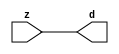

//------> ./rtl_mgc_ioport.v 
//------------------------------------------------------------------
//                M G C _ I O P O R T _ C O M P S
//------------------------------------------------------------------

//------------------------------------------------------------------
//                       M O D U L E S
//------------------------------------------------------------------

//------------------------------------------------------------------
//-- INPUT ENTITIES
//------------------------------------------------------------------

module mgc_in_wire (d, z);

  parameter integer rscid = 1;
  parameter integer width = 8;

  output [width-1:0] d;
  input  [width-1:0] z;

  wire   [width-1:0] d;

  assign d = z;

endmodule

//------------------------------------------------------------------

module mgc_in_wire_en (ld, d, lz, z);

  parameter integer rscid = 1;
  parameter integer width = 8;

  input              ld;
  output [width-1:0] d;
  output             lz;
  input  [width-1:0] z;

  wire   [width-1:0] d;
  wire               lz;

  assign d = z;
  assign lz = ld;

endmodule

//------------------------------------------------------------------

module mgc_in_wire_wait (ld, vd, d, lz, vz, z);

  parameter integer rscid = 1;
  parameter integer width = 8;

  input              ld;
  output             vd;
  output [width-1:0] d;
  output             lz;
  input              vz;
  input  [width-1:0] z;

  wire               vd;
  wire   [width-1:0] d;
  wire               lz;

  assign d = z;
  assign lz = ld;
  assign vd = vz;

endmodule
//------------------------------------------------------------------

module mgc_chan_in (ld, vd, d, lz, vz, z, size, req_size, sizez, sizelz);

  parameter integer rscid = 1;
  parameter integer width = 8;
  parameter integer sz_width = 8;

  input              ld;
  output             vd;
  output [width-1:0] d;
  output             lz;
  input              vz;
  input  [width-1:0] z;
  output [sz_width-1:0] size;
  input              req_size;
  input  [sz_width-1:0] sizez;
  output             sizelz;


  wire               vd;
  wire   [width-1:0] d;
  wire               lz;
  wire   [sz_width-1:0] size;
  wire               sizelz;

  assign d = z;
  assign lz = ld;
  assign vd = vz;
  assign size = sizez;
  assign sizelz = req_size;

endmodule


//------------------------------------------------------------------
//-- OUTPUT ENTITIES
//------------------------------------------------------------------

module mgc_out_stdreg (d, z);

  parameter integer rscid = 1;
  parameter integer width = 8;

  input    [width-1:0] d;
  output   [width-1:0] z;

  wire     [width-1:0] z;

  assign z = d;

endmodule

//------------------------------------------------------------------

module mgc_out_stdreg_en (ld, d, lz, z);

  parameter integer rscid = 1;
  parameter integer width = 8;

  input              ld;
  input  [width-1:0] d;
  output             lz;
  output [width-1:0] z;

  wire               lz;
  wire   [width-1:0] z;

  assign z = d;
  assign lz = ld;

endmodule

//------------------------------------------------------------------

module mgc_out_stdreg_wait (ld, vd, d, lz, vz, z);

  parameter integer rscid = 1;
  parameter integer width = 8;

  input              ld;
  output             vd;
  input  [width-1:0] d;
  output             lz;
  input              vz;
  output [width-1:0] z;

  wire               vd;
  wire               lz;
  wire   [width-1:0] z;

  assign z = d;
  assign lz = ld;
  assign vd = vz;

endmodule

//------------------------------------------------------------------

module mgc_out_prereg_en (ld, d, lz, z);

    parameter integer rscid = 1;
    parameter integer width = 8;

    input              ld;
    input  [width-1:0] d;
    output             lz;
    output [width-1:0] z;

    wire               lz;
    wire   [width-1:0] z;

    assign z = d;
    assign lz = ld;

endmodule

//------------------------------------------------------------------
//-- INOUT ENTITIES
//------------------------------------------------------------------

module mgc_inout_stdreg_en (ldin, din, ldout, dout, lzin, lzout, z);

    parameter integer rscid = 1;
    parameter integer width = 8;

    input              ldin;
    output [width-1:0] din;
    input              ldout;
    input  [width-1:0] dout;
    output             lzin;
    output             lzout;
    inout  [width-1:0] z;

    wire   [width-1:0] din;
    wire               lzin;
    wire               lzout;
    wire   [width-1:0] z;

    assign lzin = ldin;
    assign din = ldin ? z : {width{1'bz}};
    assign lzout = ldout;
    assign z = ldout ? dout : {width{1'bz}};

endmodule

//------------------------------------------------------------------
module hid_tribuf( I_SIG, ENABLE, O_SIG);
  parameter integer width = 8;

  input [width-1:0] I_SIG;
  input ENABLE;
  inout [width-1:0] O_SIG;

  assign O_SIG = (ENABLE) ? I_SIG : { width{1'bz}};

endmodule
//------------------------------------------------------------------

module mgc_inout_stdreg_wait (ldin, vdin, din, ldout, vdout, dout, lzin, vzin, lzout, vzout, z);

    parameter integer rscid = 1;
    parameter integer width = 8;

    input              ldin;
    output             vdin;
    output [width-1:0] din;
    input              ldout;
    output             vdout;
    input  [width-1:0] dout;
    output             lzin;
    input              vzin;
    output             lzout;
    input              vzout;
    inout  [width-1:0] z;

    wire               vdin;
    wire   [width-1:0] din;
    wire               vdout;
    wire               lzin;
    wire               lzout;
    wire   [width-1:0] z;
    wire   ldout_and_vzout;

    assign lzin = ldin;
    assign vdin = vzin;
    assign din = ldin ? z : {width{1'bz}};
    assign lzout = ldout;
    assign vdout = vzout ;
    assign ldout_and_vzout = ldout && vzout ;

    hid_tribuf #(width) tb( .I_SIG(dout),
                            .ENABLE(ldout_and_vzout),
                            .O_SIG(z) );

endmodule

//------------------------------------------------------------------

module mgc_inout_buf_wait (clk, en, arst, srst, ldin, vdin, din, ldout, vdout, dout, lzin, vzin, lzout, vzout, z);

    parameter integer rscid   = 0; // resource ID
    parameter integer width   = 8; // fifo width
    parameter         ph_clk  =  1'b1; // clock polarity 1=rising edge, 0=falling edge
    parameter         ph_en   =  1'b1; // clock enable polarity
    parameter         ph_arst =  1'b1; // async reset polarity
    parameter         ph_srst =  1'b1; // sync reset polarity

    input              clk;
    input              en;
    input              arst;
    input              srst;
    input              ldin;
    output             vdin;
    output [width-1:0] din;
    input              ldout;
    output             vdout;
    input  [width-1:0] dout;
    output             lzin;
    input              vzin;
    output             lzout;
    input              vzout;
    inout  [width-1:0] z;

    wire               lzout_buf;
    wire               vzout_buf;
    wire   [width-1:0] z_buf;
    wire               vdin;
    wire   [width-1:0] din;
    wire               vdout;
    wire               lzin;
    wire               lzout;
    wire   [width-1:0] z;

    assign lzin = ldin;
    assign vdin = vzin;
    assign din = ldin ? z : {width{1'bz}};
    assign lzout = lzout_buf & ~ldin;
    assign vzout_buf = vzout & ~ldin;
    hid_tribuf #(width) tb( .I_SIG(z_buf),
                            .ENABLE((lzout_buf && (!ldin) && vzout) ),
                            .O_SIG(z)  );

    mgc_out_buf_wait
    #(
        .rscid   (rscid),
        .width   (width),
        .ph_clk  (ph_clk),
        .ph_en   (ph_en),
        .ph_arst (ph_arst),
        .ph_srst (ph_srst)
    )
    BUFF
    (
        .clk     (clk),
        .en      (en),
        .arst    (arst),
        .srst    (srst),
        .ld      (ldout),
        .vd      (vdout),
        .d       (dout),
        .lz      (lzout_buf),
        .vz      (vzout_buf),
        .z       (z_buf)
    );


endmodule

module mgc_inout_fifo_wait (clk, en, arst, srst, ldin, vdin, din, ldout, vdout, dout, lzin, vzin, lzout, vzout, z);

    parameter integer rscid   = 0; // resource ID
    parameter integer width   = 8; // fifo width
    parameter integer fifo_sz = 8; // fifo depth
    parameter         ph_clk  = 1'b1;  // clock polarity 1=rising edge, 0=falling edge
    parameter         ph_en   = 1'b1;  // clock enable polarity
    parameter         ph_arst = 1'b1;  // async reset polarity
    parameter         ph_srst = 1'b1;  // sync reset polarity
    parameter integer ph_log2 = 3;     // log2(fifo_sz)
    parameter integer pwropt  = 0;     // pwropt

    input              clk;
    input              en;
    input              arst;
    input              srst;
    input              ldin;
    output             vdin;
    output [width-1:0] din;
    input              ldout;
    output             vdout;
    input  [width-1:0] dout;
    output             lzin;
    input              vzin;
    output             lzout;
    input              vzout;
    inout  [width-1:0] z;

    wire               lzout_buf;
    wire               vzout_buf;
    wire   [width-1:0] z_buf;
    wire               comb;
    wire               vdin;
    wire   [width-1:0] din;
    wire               vdout;
    wire               lzin;
    wire               lzout;
    wire   [width-1:0] z;

    assign lzin = ldin;
    assign vdin = vzin;
    assign din = ldin ? z : {width{1'bz}};
    assign lzout = lzout_buf & ~ldin;
    assign vzout_buf = vzout & ~ldin;
    assign comb = (lzout_buf && (!ldin) && vzout);

    hid_tribuf #(width) tb2( .I_SIG(z_buf), .ENABLE(comb), .O_SIG(z)  );

    mgc_out_fifo_wait
    #(
        .rscid   (rscid),
        .width   (width),
        .fifo_sz (fifo_sz),
        .ph_clk  (ph_clk),
        .ph_en   (ph_en),
        .ph_arst (ph_arst),
        .ph_srst (ph_srst),
        .ph_log2 (ph_log2),
        .pwropt  (pwropt)
    )
    FIFO
    (
        .clk   (clk),
        .en      (en),
        .arst    (arst),
        .srst    (srst),
        .ld      (ldout),
        .vd      (vdout),
        .d       (dout),
        .lz      (lzout_buf),
        .vz      (vzout_buf),
        .z       (z_buf)
    );

endmodule

//------------------------------------------------------------------
//-- I/O SYNCHRONIZATION ENTITIES
//------------------------------------------------------------------

module mgc_io_sync (ld, lz);

    input  ld;
    output lz;

    assign lz = ld;

endmodule

module mgc_bsync_rdy (rd, rz);

    parameter integer rscid   = 0; // resource ID
    parameter ready = 1;
    parameter valid = 0;

    input  rd;
    output rz;

    wire   rz;

    assign rz = rd;

endmodule

module mgc_bsync_vld (vd, vz);

    parameter integer rscid   = 0; // resource ID
    parameter ready = 0;
    parameter valid = 1;

    output vd;
    input  vz;

    wire   vd;

    assign vd = vz;

endmodule

module mgc_bsync_rv (rd, vd, rz, vz);

    parameter integer rscid   = 0; // resource ID
    parameter ready = 1;
    parameter valid = 1;

    input  rd;
    output vd;
    output rz;
    input  vz;

    wire   vd;
    wire   rz;

    assign rz = rd;
    assign vd = vz;

endmodule

//------------------------------------------------------------------

module mgc_sync (ldin, vdin, ldout, vdout);

  input  ldin;
  output vdin;
  input  ldout;
  output vdout;

  wire   vdin;
  wire   vdout;

  assign vdin = ldout;
  assign vdout = ldin;

endmodule

///////////////////////////////////////////////////////////////////////////////
// dummy function used to preserve funccalls for modulario
// it looks like a memory read to the caller
///////////////////////////////////////////////////////////////////////////////
module funccall_inout (d, ad, bd, z, az, bz);

  parameter integer ram_id = 1;
  parameter integer width = 8;
  parameter integer addr_width = 8;

  output [width-1:0]       d;
  input  [addr_width-1:0]  ad;
  input                    bd;
  input  [width-1:0]       z;
  output [addr_width-1:0]  az;
  output                   bz;

  wire   [width-1:0]       d;
  wire   [addr_width-1:0]  az;
  wire                     bz;

  assign d  = z;
  assign az = ad;
  assign bz = bd;

endmodule


///////////////////////////////////////////////////////////////////////////////
// inlinable modular io not otherwise found in mgc_ioport
///////////////////////////////////////////////////////////////////////////////

module modulario_en_in (vd, d, vz, z);

  parameter integer rscid = 1;
  parameter integer width = 8;

  output             vd;
  output [width-1:0] d;
  input              vz;
  input  [width-1:0] z;

  wire   [width-1:0] d;
  wire               vd;

  assign d = z;
  assign vd = vz;

endmodule

//------> ./rtl_mgc_ioport_v2001.v 
//------------------------------------------------------------------

module mgc_out_reg_pos (clk, en, arst, srst, ld, d, lz, z);

    parameter integer rscid   = 1;
    parameter integer width   = 8;
    parameter         ph_en   =  1'b1;
    parameter         ph_arst =  1'b1;
    parameter         ph_srst =  1'b1;

    input              clk;
    input              en;
    input              arst;
    input              srst;
    input              ld;
    input  [width-1:0] d;
    output             lz;
    output [width-1:0] z;

    reg                lz;
    reg    [width-1:0] z;

    generate
    if (ph_arst == 1'b0)
    begin: NEG_ARST
        always @(posedge clk or negedge arst)
        if (arst == 1'b0)
        begin: B1
            lz <= 1'b0;
            z  <= {width{1'b0}};
        end
        else if (srst == ph_srst)
        begin: B2
            lz <= 1'b0;
            z  <= {width{1'b0}};
        end
        else if (en == ph_en)
        begin: B3
            lz <= ld;
            z  <= (ld) ? d : z;
        end
    end
    else
    begin: POS_ARST
        always @(posedge clk or posedge arst)
        if (arst == 1'b1)
        begin: B1
            lz <= 1'b0;
            z  <= {width{1'b0}};
        end
        else if (srst == ph_srst)
        begin: B2
            lz <= 1'b0;
            z  <= {width{1'b0}};
        end
        else if (en == ph_en)
        begin: B3
            lz <= ld;
            z  <= (ld) ? d : z;
        end
    end
    endgenerate

endmodule

//------------------------------------------------------------------

module mgc_out_reg_neg (clk, en, arst, srst, ld, d, lz, z);

    parameter integer rscid   = 1;
    parameter integer width   = 8;
    parameter         ph_en   =  1'b1;
    parameter         ph_arst =  1'b1;
    parameter         ph_srst =  1'b1;

    input              clk;
    input              en;
    input              arst;
    input              srst;
    input              ld;
    input  [width-1:0] d;
    output             lz;
    output [width-1:0] z;

    reg                lz;
    reg    [width-1:0] z;

    generate
    if (ph_arst == 1'b0)
    begin: NEG_ARST
        always @(negedge clk or negedge arst)
        if (arst == 1'b0)
        begin: B1
            lz <= 1'b0;
            z  <= {width{1'b0}};
        end
        else if (srst == ph_srst)
        begin: B2
            lz <= 1'b0;
            z  <= {width{1'b0}};
        end
        else if (en == ph_en)
        begin: B3
            lz <= ld;
            z  <= (ld) ? d : z;
        end
    end
    else
    begin: POS_ARST
        always @(negedge clk or posedge arst)
        if (arst == 1'b1)
        begin: B1
            lz <= 1'b0;
            z  <= {width{1'b0}};
        end
        else if (srst == ph_srst)
        begin: B2
            lz <= 1'b0;
            z  <= {width{1'b0}};
        end
        else if (en == ph_en)
        begin: B3
            lz <= ld;
            z  <= (ld) ? d : z;
        end
    end
    endgenerate

endmodule

//------------------------------------------------------------------

module mgc_out_reg (clk, en, arst, srst, ld, d, lz, z); // Not Supported

    parameter integer rscid   = 1;
    parameter integer width   = 8;
    parameter         ph_clk  =  1'b1;
    parameter         ph_en   =  1'b1;
    parameter         ph_arst =  1'b1;
    parameter         ph_srst =  1'b1;

    input              clk;
    input              en;
    input              arst;
    input              srst;
    input              ld;
    input  [width-1:0] d;
    output             lz;
    output [width-1:0] z;


    generate
    if (ph_clk == 1'b0)
    begin: NEG_EDGE

        mgc_out_reg_neg
        #(
            .rscid   (rscid),
            .width   (width),
            .ph_en   (ph_en),
            .ph_arst (ph_arst),
            .ph_srst (ph_srst)
        )
        mgc_out_reg_neg_inst
        (
            .clk     (clk),
            .en      (en),
            .arst    (arst),
            .srst    (srst),
            .ld      (ld),
            .d       (d),
            .lz      (lz),
            .z       (z)
        );

    end
    else
    begin: POS_EDGE

        mgc_out_reg_pos
        #(
            .rscid   (rscid),
            .width   (width),
            .ph_en   (ph_en),
            .ph_arst (ph_arst),
            .ph_srst (ph_srst)
        )
        mgc_out_reg_pos_inst
        (
            .clk     (clk),
            .en      (en),
            .arst    (arst),
            .srst    (srst),
            .ld      (ld),
            .d       (d),
            .lz      (lz),
            .z       (z)
        );

    end
    endgenerate

endmodule




//------------------------------------------------------------------

module mgc_out_buf_wait (clk, en, arst, srst, ld, vd, d, vz, lz, z); // Not supported

    parameter integer rscid   = 1;
    parameter integer width   = 8;
    parameter         ph_clk  =  1'b1;
    parameter         ph_en   =  1'b1;
    parameter         ph_arst =  1'b1;
    parameter         ph_srst =  1'b1;

    input              clk;
    input              en;
    input              arst;
    input              srst;
    input              ld;
    output             vd;
    input  [width-1:0] d;
    output             lz;
    input              vz;
    output [width-1:0] z;

    wire               filled;
    wire               filled_next;
    wire   [width-1:0] abuf;
    wire               lbuf;


    assign filled_next = (filled & (~vz)) | (filled & ld) | (ld & (~vz));

    assign lbuf = ld & ~(filled ^ vz);

    assign vd = vz | ~filled;

    assign lz = ld | filled;

    assign z = (filled) ? abuf : d;

    wire dummy;
    wire dummy_bufreg_lz;

    // Output registers:
    mgc_out_reg
    #(
        .rscid   (rscid),
        .width   (1'b1),
        .ph_clk  (ph_clk),
        .ph_en   (ph_en),
        .ph_arst (ph_arst),
        .ph_srst (ph_srst)
    )
    STATREG
    (
        .clk     (clk),
        .en      (en),
        .arst    (arst),
        .srst    (srst),
        .ld      (filled_next),
        .d       (1'b0),       // input d is unused
        .lz      (filled),
        .z       (dummy)            // output z is unused
    );

    mgc_out_reg
    #(
        .rscid   (rscid),
        .width   (width),
        .ph_clk  (ph_clk),
        .ph_en   (ph_en),
        .ph_arst (ph_arst),
        .ph_srst (ph_srst)
    )
    BUFREG
    (
        .clk     (clk),
        .en      (en),
        .arst    (arst),
        .srst    (srst),
        .ld      (lbuf),
        .d       (d),
        .lz      (dummy_bufreg_lz),
        .z       (abuf)
    );

endmodule

//------------------------------------------------------------------

module mgc_out_fifo_wait (clk, en, arst, srst, ld, vd, d, lz, vz,  z);

    parameter integer rscid   = 0; // resource ID
    parameter integer width   = 8; // fifo width
    parameter integer fifo_sz = 8; // fifo depth
    parameter         ph_clk  = 1'b1; // clock polarity 1=rising edge, 0=falling edge
    parameter         ph_en   = 1'b1; // clock enable polarity
    parameter         ph_arst = 1'b1; // async reset polarity
    parameter         ph_srst = 1'b1; // sync reset polarity
    parameter integer ph_log2 = 3; // log2(fifo_sz)
    parameter integer pwropt  = 0; // pwropt


    input                 clk;
    input                 en;
    input                 arst;
    input                 srst;
    input                 ld;    // load data
    output                vd;    // fifo full active low
    input     [width-1:0] d;
    output                lz;    // fifo ready to send
    input                 vz;    // dest ready for data
    output    [width-1:0] z;

    wire    [31:0]      size;


      // Output registers:
 mgc_out_fifo_wait_core#(
        .rscid   (rscid),
        .width   (width),
        .sz_width (32),
        .fifo_sz (fifo_sz),
        .ph_clk  (ph_clk),
        .ph_en   (ph_en),
        .ph_arst (ph_arst),
        .ph_srst (ph_srst),
        .ph_log2 (ph_log2),
        .pwropt  (pwropt)
        ) CORE (
        .clk (clk),
        .en (en),
        .arst (arst),
        .srst (srst),
        .ld (ld),
        .vd (vd),
        .d (d),
        .lz (lz),
        .vz (vz),
        .z (z),
        .size (size)
        );

endmodule



module mgc_out_fifo_wait_core (clk, en, arst, srst, ld, vd, d, lz, vz,  z, size);

    parameter integer rscid   = 0; // resource ID
    parameter integer width   = 8; // fifo width
    parameter integer sz_width = 8; // size of port for elements in fifo
    parameter integer fifo_sz = 8; // fifo depth
    parameter         ph_clk  =  1'b1; // clock polarity 1=rising edge, 0=falling edge
    parameter         ph_en   =  1'b1; // clock enable polarity
    parameter         ph_arst =  1'b1; // async reset polarity
    parameter         ph_srst =  1'b1; // sync reset polarity
    parameter integer ph_log2 = 3; // log2(fifo_sz)
    parameter integer pwropt  = 0; // pwropt

   localparam integer  fifo_b = width * fifo_sz;

    input                 clk;
    input                 en;
    input                 arst;
    input                 srst;
    input                 ld;    // load data
    output                vd;    // fifo full active low
    input     [width-1:0] d;
    output                lz;    // fifo ready to send
    input                 vz;    // dest ready for data
    output    [width-1:0] z;
    output    [sz_width-1:0]      size;

    reg      [( (fifo_sz > 0) ? fifo_sz : 1)-1:0] stat_pre;
    wire     [( (fifo_sz > 0) ? fifo_sz : 1)-1:0] stat;
    reg      [( (fifo_b > 0) ? fifo_b : 1)-1:0] buff_pre;
    wire     [( (fifo_b > 0) ? fifo_b : 1)-1:0] buff;
    reg      [( (fifo_sz > 0) ? fifo_sz : 1)-1:0] en_l;
    reg      [(((fifo_sz > 0) ? fifo_sz : 1)-1)/8:0] en_l_s;

    reg       [width-1:0] buff_nxt;

    reg                   stat_nxt;
    reg                   stat_before;
    reg                   stat_after;
    reg                   en_l_var;

    integer               i;
    genvar                eni;

    wire [32:0]           size_t;
    reg [31:0]            count;
    reg [31:0]            count_t;
    reg [32:0]            n_elem;
// pragma translate_off
    reg [31:0]            peak;
// pragma translate_on

    wire [( (fifo_sz > 0) ? fifo_sz : 1)-1:0] dummy_statreg_lz;
    wire [( (fifo_b > 0) ? fifo_b : 1)-1:0] dummy_bufreg_lz;

    generate
    if ( fifo_sz > 0 )
    begin: FIFO_REG
      assign vd = vz | ~stat[0];
      assign lz = ld | stat[fifo_sz-1];
      assign size_t = (count - (vz && stat[fifo_sz-1])) + ld;
      assign size = size_t[sz_width-1:0];
      assign z = (stat[fifo_sz-1]) ? buff[fifo_b-1:width*(fifo_sz-1)] : d;

      always @(*)
      begin: FIFOPROC
        n_elem = 33'b0;
        for (i = fifo_sz-1; i >= 0; i = i - 1)
        begin
          if (i != 0)
            stat_before = stat[i-1];
          else
            stat_before = 1'b0;

          if (i != (fifo_sz-1))
            stat_after = stat[i+1];
          else
            stat_after = 1'b1;

          stat_nxt = stat_after &
                    (stat_before | (stat[i] & (~vz)) | (stat[i] & ld) | (ld & (~vz)));

          stat_pre[i] = stat_nxt;
          en_l_var = 1'b1;
          if (!stat_nxt)
            begin
              buff_nxt = {width{1'b0}};
              en_l_var = 1'b0;
            end
          else if (vz && stat_before)
            buff_nxt[0+:width] = buff[width*(i-1)+:width];
          else if (ld && !((vz && stat_before) || ((!vz) && stat[i])))
            buff_nxt = d;
          else
            begin
              if (pwropt == 0)
                buff_nxt[0+:width] = buff[width*i+:width];
              else
                buff_nxt = {width{1'b0}};
              en_l_var = 1'b0;
            end

          if (ph_en != 0)
            en_l[i] = en & en_l_var;
          else
            en_l[i] = en | ~en_l_var;

          buff_pre[width*i+:width] = buff_nxt[0+:width];

          if ((stat_after == 1'b1) && (stat[i] == 1'b0))
            n_elem = ($unsigned(fifo_sz) - 1) - i;
        end

        if (ph_en != 0)
          en_l_s[(((fifo_sz > 0) ? fifo_sz : 1)-1)/8] = 1'b1;
        else
          en_l_s[(((fifo_sz > 0) ? fifo_sz : 1)-1)/8] = 1'b0;

        for (i = fifo_sz-1; i >= 7; i = i - 1)
        begin
          if ((i%'d2) == 0)
          begin
            if (ph_en != 0)
              en_l_s[(i/8)-1] = en & (stat[i]|stat_pre[i-1]);
            else
              en_l_s[(i/8)-1] = en | ~(stat[i]|stat_pre[i-1]);
          end
        end

        if ( stat[fifo_sz-1] == 1'b0 )
          count_t = 32'b0;
        else if ( stat[0] == 1'b1 )
          count_t = { {(32-ph_log2){1'b0}}, fifo_sz};
        else
          count_t = n_elem[31:0];
        count = count_t;
// pragma translate_off
        if ( peak < count )
          peak = count;
// pragma translate_on
      end

      if (pwropt == 0)
      begin: NOCGFIFO
        // Output registers:
        mgc_out_reg
        #(
            .rscid   (rscid),
            .width   (fifo_sz),
            .ph_clk  (ph_clk),
            .ph_en   (ph_en),
            .ph_arst (ph_arst),
            .ph_srst (ph_srst)
        )
        STATREG
        (
            .clk     (clk),
            .en      (en),
            .arst    (arst),
            .srst    (srst),
            .ld      (1'b1),
            .d       (stat_pre),
            .lz      (dummy_statreg_lz[0]),
            .z       (stat)
        );
        mgc_out_reg
        #(
            .rscid   (rscid),
            .width   (fifo_b),
            .ph_clk  (ph_clk),
            .ph_en   (ph_en),
            .ph_arst (ph_arst),
            .ph_srst (ph_srst)
        )
        BUFREG
        (
            .clk     (clk),
            .en      (en),
            .arst    (arst),
            .srst    (srst),
            .ld      (1'b1),
            .d       (buff_pre),
            .lz      (dummy_bufreg_lz[0]),
            .z       (buff)
        );
      end
      else
      begin: CGFIFO
        // Output registers:
        if ( pwropt > 1)
        begin: CGSTATFIFO2
          for (eni = fifo_sz-1; eni >= 0; eni = eni - 1)
          begin: pwroptGEN1
            mgc_out_reg
            #(
              .rscid   (rscid),
              .width   (1),
              .ph_clk  (ph_clk),
              .ph_en   (ph_en),
              .ph_arst (ph_arst),
              .ph_srst (ph_srst)
            )
            STATREG
            (
              .clk     (clk),
              .en      (en_l_s[eni/8]),
              .arst    (arst),
              .srst    (srst),
              .ld      (1'b1),
              .d       (stat_pre[eni]),
              .lz      (dummy_statreg_lz[eni]),
              .z       (stat[eni])
            );
          end
        end
        else
        begin: CGSTATFIFO
          mgc_out_reg
          #(
            .rscid   (rscid),
            .width   (fifo_sz),
            .ph_clk  (ph_clk),
            .ph_en   (ph_en),
            .ph_arst (ph_arst),
            .ph_srst (ph_srst)
          )
          STATREG
          (
            .clk     (clk),
            .en      (en),
            .arst    (arst),
            .srst    (srst),
            .ld      (1'b1),
            .d       (stat_pre),
            .lz      (dummy_statreg_lz[0]),
            .z       (stat)
          );
        end
        for (eni = fifo_sz-1; eni >= 0; eni = eni - 1)
        begin: pwroptGEN2
          mgc_out_reg
          #(
            .rscid   (rscid),
            .width   (width),
            .ph_clk  (ph_clk),
            .ph_en   (ph_en),
            .ph_arst (ph_arst),
            .ph_srst (ph_srst)
          )
          BUFREG
          (
            .clk     (clk),
            .en      (en_l[eni]),
            .arst    (arst),
            .srst    (srst),
            .ld      (1'b1),
            .d       (buff_pre[width*eni+:width]),
            .lz      (dummy_bufreg_lz[eni]),
            .z       (buff[width*eni+:width])
          );
        end
      end
    end
    else
    begin: FEED_THRU
      assign vd = vz;
      assign lz = ld;
      assign z = d;
      assign size = ld && !vz;
    end
    endgenerate

endmodule

//------------------------------------------------------------------
//-- PIPE ENTITIES
//------------------------------------------------------------------
/*
 *
 *             _______________________________________________
 * WRITER    |                                               |          READER
 *           |           MGC_PIPE                            |
 *           |           __________________________          |
 *        --<| vdout  --<| vd ---------------  vz<|-----ldin<|---
 *           |           |      FIFO              |          |
 *        ---|>ldout  ---|>ld ---------------- lz |> ---vdin |>--
 *        ---|>dout -----|>d  ---------------- dz |> ----din |>--
 *           |           |________________________|          |
 *           |_______________________________________________|
 */
// two clock pipe
module mgc_pipe (clk, en, arst, srst, ldin, vdin, din, ldout, vdout, dout, size, req_size);

    parameter integer rscid   = 0; // resource ID
    parameter integer width   = 8; // fifo width
    parameter integer sz_width = 8; // width of size of elements in fifo
    parameter integer fifo_sz = 8; // fifo depth
    parameter integer log2_sz = 3; // log2(fifo_sz)
    parameter         ph_clk  = 1'b1;  // clock polarity 1=rising edge, 0=falling edge
    parameter         ph_en   = 1'b1;  // clock enable polarity
    parameter         ph_arst = 1'b1;  // async reset polarity
    parameter         ph_srst = 1'b1;  // sync reset polarity
    parameter integer pwropt  = 0; // pwropt

    input              clk;
    input              en;
    input              arst;
    input              srst;
    input              ldin;
    output             vdin;
    output [width-1:0] din;
    input              ldout;
    output             vdout;
    input  [width-1:0] dout;
    output [sz_width-1:0]      size;
    input              req_size;


    mgc_out_fifo_wait_core
    #(
        .rscid    (rscid),
        .width    (width),
        .sz_width (sz_width),
        .fifo_sz  (fifo_sz),
        .ph_clk   (ph_clk),
        .ph_en    (ph_en),
        .ph_arst  (ph_arst),
        .ph_srst  (ph_srst),
        .ph_log2  (log2_sz),
        .pwropt   (pwropt)
    )
    FIFO
    (
        .clk     (clk),
        .en      (en),
        .arst    (arst),
        .srst    (srst),
        .ld      (ldout),
        .vd      (vdout),
        .d       (dout),
        .lz      (vdin),
        .vz      (ldin),
        .z       (din),
        .size    (size)
    );

endmodule


//------> ./rtl.v 
// ----------------------------------------------------------------------
//  HLS HDL:        Verilog Netlister
//  HLS Version:    2011a.126 Production Release
//  HLS Date:       Wed Aug  8 00:52:07 PDT 2012
// 
//  Generated by:   al3515@EEWS104A-014
//  Generated date: Fri May 06 14:21:31 2016
// ----------------------------------------------------------------------

// 
// ------------------------------------------------------------------
//  Design Unit:    MemoryTester_core_fsm
//  FSM Module
// ------------------------------------------------------------------


module MemoryTester_core_fsm (
  clk, rst, fsm_output, st_main_tr0, st_if_for_1_tr0
);
  input clk;
  input rst;
  output [3:0] fsm_output;
  reg [3:0] fsm_output;
  input st_main_tr0;
  input st_if_for_1_tr0;


  // FSM State Type Declaration for MemoryTester_core_fsm_1
  parameter
    st_core_rlp = 2'd0,
    st_main = 2'd1,
    st_if_for = 2'd2,
    st_if_for_1 = 2'd3,
    state_x = 2'b00;

  reg [1:0] state_var;
  reg [1:0] state_var_NS;


  // Interconnect Declarations for Component Instantiations 
  always @(*)
  begin : MemoryTester_core_fsm_1
    case (state_var)
      st_core_rlp : begin
        fsm_output = 4'b1;
        state_var_NS = st_main;
      end
      st_main : begin
        fsm_output = 4'b10;
        if ( st_main_tr0 ) begin
          state_var_NS = st_main;
        end
        else begin
          state_var_NS = st_if_for;
        end
      end
      st_if_for : begin
        fsm_output = 4'b100;
        state_var_NS = st_if_for_1;
      end
      st_if_for_1 : begin
        fsm_output = 4'b1000;
        if ( st_if_for_1_tr0 ) begin
          state_var_NS = st_main;
        end
        else begin
          state_var_NS = st_if_for;
        end
      end
      default : begin
        fsm_output = 4'b0000;
        state_var_NS = st_core_rlp;
      end
    endcase
  end

  always @(posedge clk) begin
    if ( rst ) begin
      state_var <= st_core_rlp;
    end
    else begin
      state_var <= state_var_NS;
    end
  end

endmodule

// ------------------------------------------------------------------
//  Design Unit:    MemoryTester_core
// ------------------------------------------------------------------


module MemoryTester_core (
  clk, rst, bit_out_rsc_mgc_out_stdreg_d, enabled_rsc_mgc_out_stdreg_d
);
  input clk;
  input rst;
  output bit_out_rsc_mgc_out_stdreg_d;
  reg bit_out_rsc_mgc_out_stdreg_d;
  output enabled_rsc_mgc_out_stdreg_d;
  reg enabled_rsc_mgc_out_stdreg_d;


  // Interconnect Declarations
  wire [3:0] fsm_output;
  reg init_sva;
  reg [12:0] if_for_i_1_sva;
  reg [12:0] if_for_i_1_sva_1;
  reg if_for_slc_itm;
  wire [12:0] if_for_i_1_sva_2;
  wire [13:0] nl_if_for_i_1_sva_2;


  // Interconnect Declarations for Component Instantiations 
  wire [0:0] nl_MemoryTester_core_fsm_inst_st_if_for_1_tr0;
  assign nl_MemoryTester_core_fsm_inst_st_if_for_1_tr0 = ~ if_for_slc_itm;
  MemoryTester_core_fsm MemoryTester_core_fsm_inst (
      .clk(clk),
      .rst(rst),
      .fsm_output(fsm_output),
      .st_main_tr0(init_sva),
      .st_if_for_1_tr0(nl_MemoryTester_core_fsm_inst_st_if_for_1_tr0)
    );
  assign nl_if_for_i_1_sva_2 = if_for_i_1_sva + 13'b1;
  assign if_for_i_1_sva_2 = nl_if_for_i_1_sva_2[12:0];
  always @(posedge clk) begin
    if ( rst ) begin
      enabled_rsc_mgc_out_stdreg_d <= 1'b0;
      bit_out_rsc_mgc_out_stdreg_d <= 1'b0;
      init_sva <= 1'b0;
      if_for_i_1_sva <= 13'b0;
      if_for_slc_itm <= 1'b0;
      if_for_i_1_sva_1 <= 13'b0;
    end
    else begin
      enabled_rsc_mgc_out_stdreg_d <= (enabled_rsc_mgc_out_stdreg_d & (~(((fsm_output[1])
          & init_sva) | ((~ if_for_slc_itm) & (fsm_output[3]))))) | (fsm_output[0]);
      bit_out_rsc_mgc_out_stdreg_d <= MUX_s_1_2_2({bit_out_rsc_mgc_out_stdreg_d ,
          ((if_for_i_1_sva[2]) | (if_for_i_1_sva[1]) | (if_for_i_1_sva[0]))}, fsm_output[2]);
      init_sva <= (fsm_output[1]) | (fsm_output[3]);
      if_for_i_1_sva <= if_for_i_1_sva_1 & (signext_13_1(fsm_output[3]));
      if_for_slc_itm <= readslicef_8_1_7((conv_u2s_7_8(if_for_i_1_sva_2[12:6]) +
          8'b10110101));
      if_for_i_1_sva_1 <= if_for_i_1_sva_2;
    end
  end

  function [0:0] MUX_s_1_2_2;
    input [1:0] inputs;
    input [0:0] sel;
    reg [0:0] result;
  begin
    case (sel)
      1'b0 : begin
        result = inputs[1:1];
      end
      1'b1 : begin
        result = inputs[0:0];
      end
      default : begin
        result = inputs[1:1];
      end
    endcase
    MUX_s_1_2_2 = result;
  end
  endfunction


  function [12:0] signext_13_1;
    input [0:0] vector;
  begin
    signext_13_1= {{12{vector[0]}}, vector};
  end
  endfunction


  function [0:0] readslicef_8_1_7;
    input [7:0] vector;
    reg [7:0] tmp;
  begin
    tmp = vector >> 7;
    readslicef_8_1_7 = tmp[0:0];
  end
  endfunction


  function signed [7:0] conv_u2s_7_8 ;
    input [6:0]  vector ;
  begin
    conv_u2s_7_8 = {1'b0, vector};
  end
  endfunction

endmodule

// ------------------------------------------------------------------
//  Design Unit:    MemoryTester
//  Generated from file(s):
//    2) $PROJECT_HOME/src/MemoryTester.cpp
// ------------------------------------------------------------------


module MemoryTester (
  bit_out_rsc_z, enabled_rsc_z, clk, rst
);
  output bit_out_rsc_z;
  output enabled_rsc_z;
  input clk;
  input rst;


  // Interconnect Declarations
  wire bit_out_rsc_mgc_out_stdreg_d;
  wire enabled_rsc_mgc_out_stdreg_d;


  // Interconnect Declarations for Component Instantiations 
  mgc_out_stdreg #(.rscid(1),
  .width(1)) bit_out_rsc_mgc_out_stdreg (
      .d(bit_out_rsc_mgc_out_stdreg_d),
      .z(bit_out_rsc_z)
    );
  mgc_out_stdreg #(.rscid(2),
  .width(1)) enabled_rsc_mgc_out_stdreg (
      .d(enabled_rsc_mgc_out_stdreg_d),
      .z(enabled_rsc_z)
    );
  MemoryTester_core MemoryTester_core_inst (
      .clk(clk),
      .rst(rst),
      .bit_out_rsc_mgc_out_stdreg_d(bit_out_rsc_mgc_out_stdreg_d),
      .enabled_rsc_mgc_out_stdreg_d(enabled_rsc_mgc_out_stdreg_d)
    );
endmodule